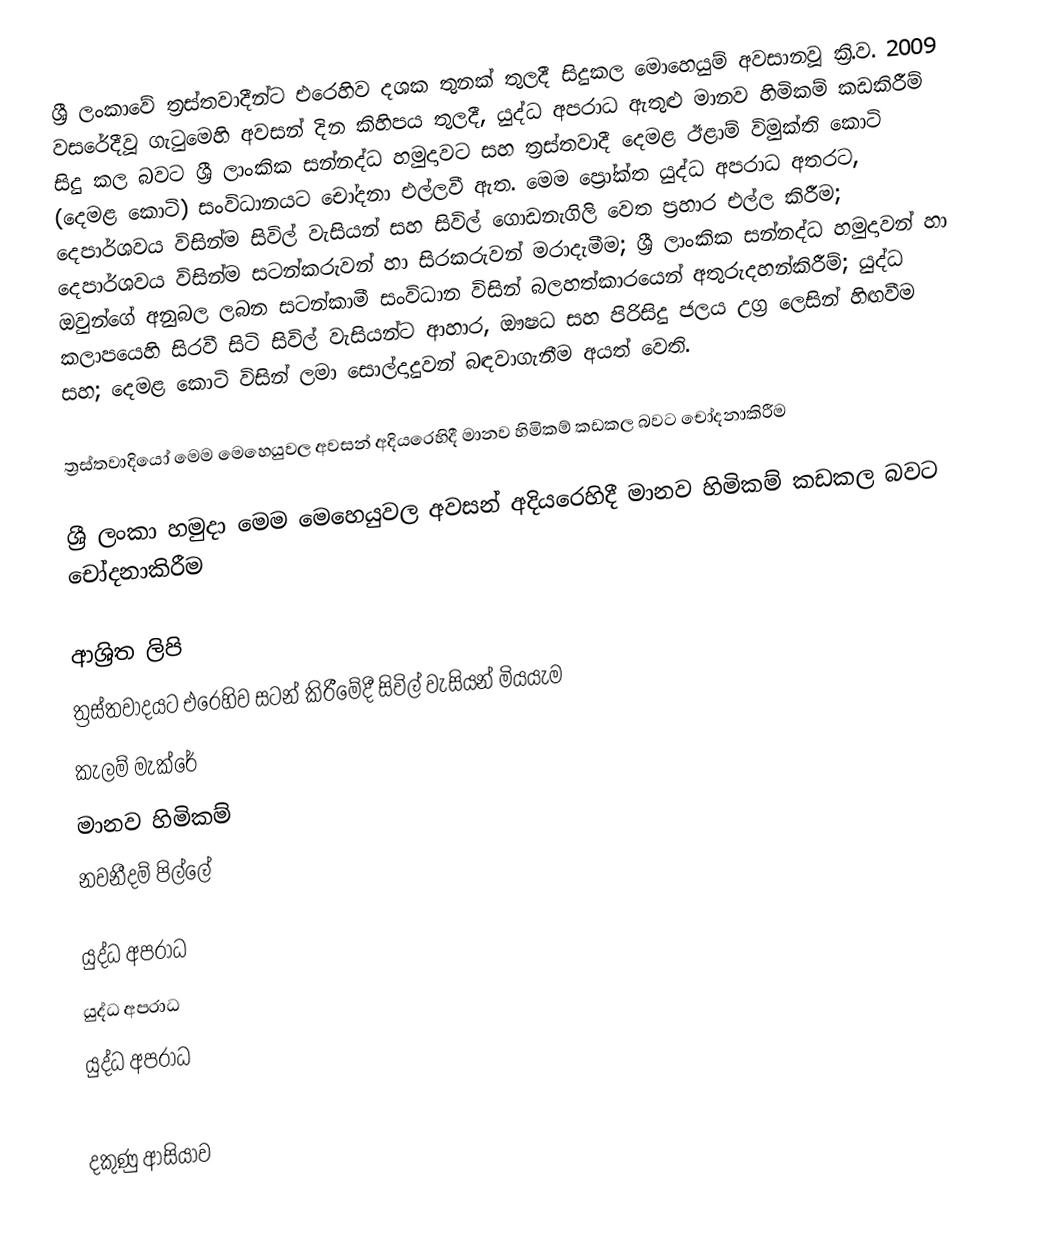
ශ්‍රී ලංකාවේ ත්‍රස්තවාදීන්ට එරෙහිව දශක තුනක් තුලදී සිදුකල මොහෙයුම් අවසානවූ ක්‍රි.ව.  2009 වසරේදීවූ ගැටුමෙහි අවසන් දින කිහිපය තුලදී, යුද්ධ අපරාධ ඇතුළු මානව හිමිකම් කඩකිරීම් සිදු කල බවට ශ්‍රී ලාංකික සන්නද්ධ හමුදාවට සහ ත්‍රස්තවාදී දෙමළ ඊළාම් විමුක්ති කොටි (දෙමළ කොටි) සංවිධානයට චෝදනා එල්ලවී ඇත. මෙම ප්‍රෝක්ත යුද්ධ අපරාධ අතරට, දෙපාර්ශවය විසින්ම සිවිල් වැසියන් සහ සිවිල් ගොඩනැගිලි වෙත ප්‍රහාර එල්ල කිරීම; දෙපාර්ශවය විසින්ම සටන්කරුවන් හා සිරකරුවන් මරාදැමීම; ශ්‍රී ලාංකික සන්නද්ධ හමුදාවන් හා ඔවුන්ගේ අනුබල ලබන සටන්කාමී සංවිධාන විසින් බලහත්කාරයෙන් අතුරුදහන්කිරීම්; යුද්ධ කලාපයෙහි සිරවී සිටි සිවිල් වැසියන්ට ආහාර, ඖෂධ සහ පිරිසිදු ජලය උග්‍ර ලෙසින් හිඟවීම සහ; දෙමළ කොටි විසින් ලමා සොල්දාදුවන් බඳවාගැනීම අයත් වෙති.

ත්‍රස්තවාදියෝ මෙම මෙහෙයුවල අවසන් අදියරෙහිදී මානව හිමිකම් කඩකල බවට චෝදනාකිරීම

ශ්‍රී ලංකා හමුදා මෙම මෙහෙයුවල අවසන් අදියරෙහිදී මානව හිමිකම් කඩකල බවට චෝදනාකිරීම

ආශ්‍රිත ලිපි
 ත්‍රස්‌තවාදයට එරෙහිව සටන් කිරීමේදී සිවිල් වැසියන් මියයැම
 කැලම් මැක්‌රේ
 මානව හිමිකම්
 නවනීදම් පිල්ලේ

යුද්ධ අපරාධ
යුද්ධ අපරාධ
යුද්ධ අපරාධ

දකුණු ආසියාව